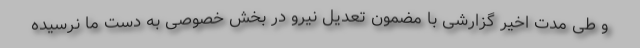
و طی مدت اخیر گزارشی با مضمون تعدیل نیرو در بخش خصوصی به دست ما نرسیده